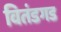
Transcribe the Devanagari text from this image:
वितंडगड